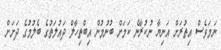
ނަމަވެސް އިތުރަށް އަނިޔާ ނުކުރާނެ ކަމަށް ބުނުމުން އިބްތިހާލް ދައުލަތުގެ ބެލުމުގެ ދަށަށް